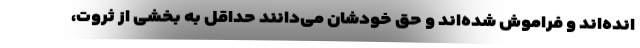
انده‌اند و فراموش شده‌اند و حق خودشان می‌دانند حداقل به بخشی از ثروت،